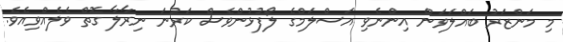
މި މަންޒަރު ބައްލަވަން އިންނެވި އަސްލަމްގެ ލޯފުޅުންވެސް ކަރުނަ ނިރާލާ ގޮތް ވެލެއްވިއެވެ.